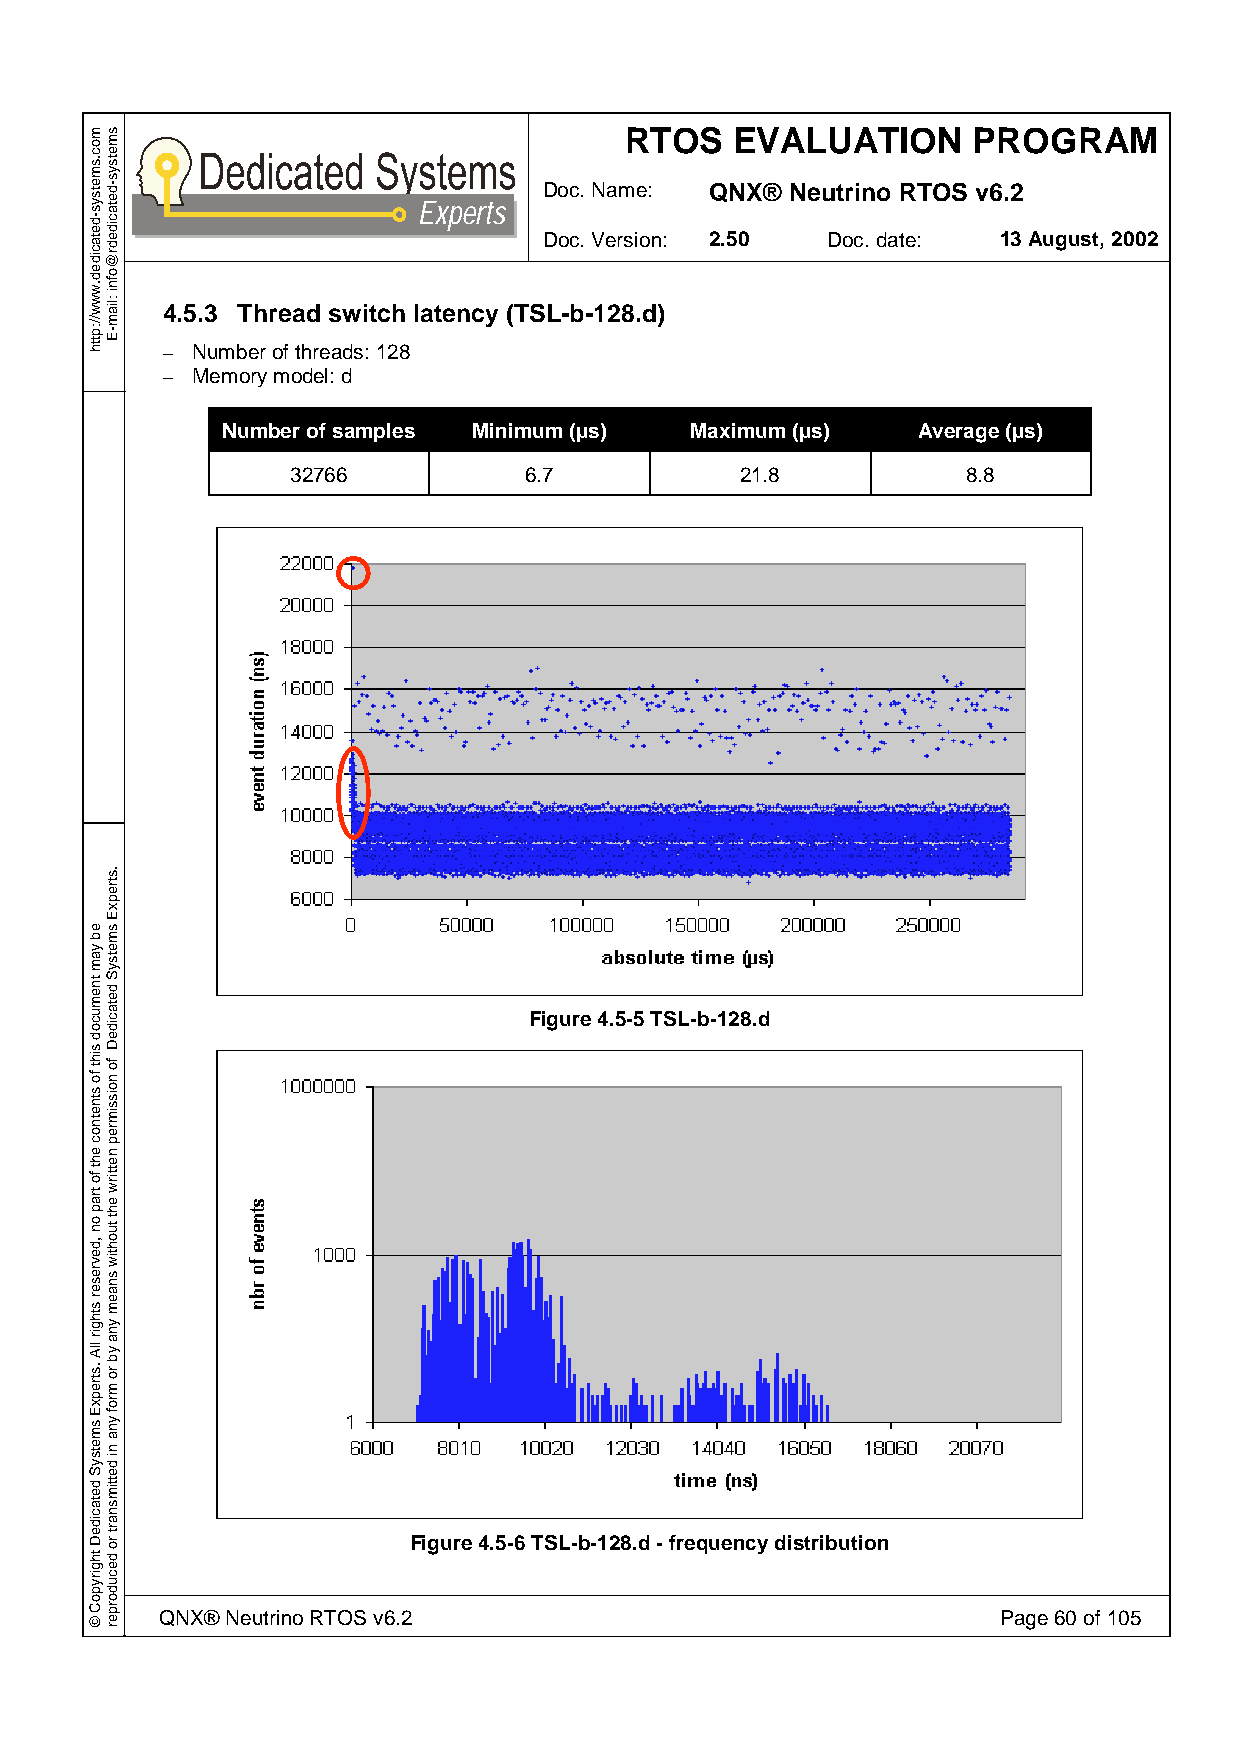
RTOS    EVALUATION     PROGRAM
 Doc. Name: QNX® Neutrino RTOS v6.2
 Experts
 Doc. Version: 2.50 Doc. date: 13 August, 2002
 4.5.3 Thread switch latency (TSL-b-128.d)
 – Number of threads: 128
 – Memory model: d
 Number of samples Minimum (µs) Maximum (µs)   Average (µs)
 32766           6.7           21.8           8.8
 Figure 4.5-5 TSL-b-128.d
 Figure 4.5-6 TSL-b-128.d - frequency distribution
 QNX® Neutrino RTOS v6.2                                Page 60 of 105
 moc.smetsys-detacided.www//:ptth
 eb
 yam
 tnemucod
 siht
 fo
 stnetnoc
 eht
 fo
 trap
 on
 ,devreser
 sthgir
 llA
 .strepxE
 smetsyS
 detacideD
 thgirypoC
 ©
 smetsys-detacidedr@ofni
 :liam-E
 .strepxE
 smetsyS
 detacideD
 fo
 noissimrep
 nettirw
 eht
 tuohtiw
 snaem
 yna
 yb
 ro
 mrof
 yna
 ni
 dettimsnart
 ro
 decudorper